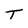
Character: T